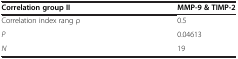
<table><thead><tr><td><b>Correlation group II</b></td><td><b>MMP-9 &amp; TIMP-2</b></td></tr></thead><tbody><tr><td>Correlation index rang ρ</td><td>0.5</td></tr><tr><td><i>P</i></td><td>0.04613</td></tr><tr><td><i>N</i></td><td>19</td></tr></tbody></table>